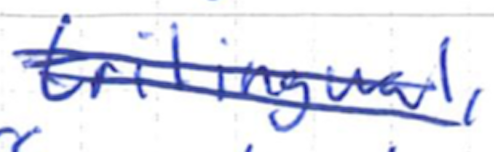
Text: trilingual,
Cross-out: double-line
Writing tool: ballpoint